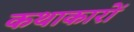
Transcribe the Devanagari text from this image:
कथाकारों